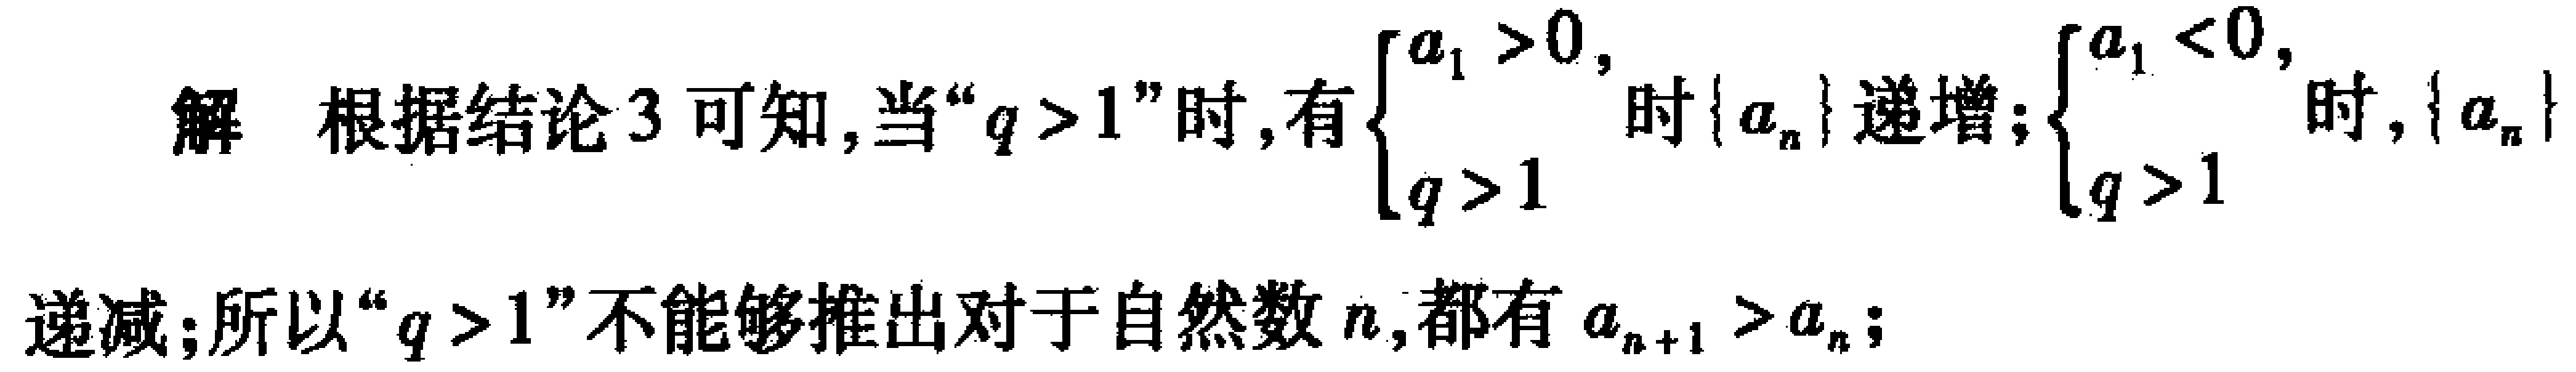
解 根据结论3可知,当“$q > 1$”时,有$\begin{cases}a_{1}>0,\\q > 1\end{cases}$时$\{a_{n}\}$递增;$\begin{cases}a_{1}<0,\\q > 1\end{cases}$时,$\{a_{n}\}$递减;所以“$q > 1$”不能够推出对于自然数$n$,都有$a_{n + 1}>a_{n}$;